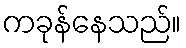
ကခုန်နေသည်။